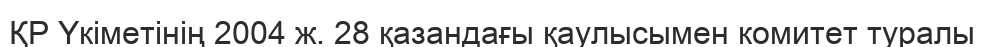
ҚР Үкіметінің 2004 ж. 28 қазандағы қаулысымен комитет туралы